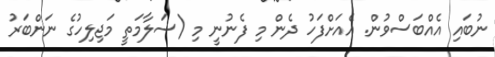
ނުބައި އެއްބަސްވުން. އެއަށްފަހު ދެން މި ފެނުނީ މި (ސަލާމަތީ މަޖިލިހުގެ ނަންބަރު